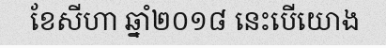
ខែសីហា ឆ្នាំ២០១៨ នេះបើយោង